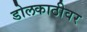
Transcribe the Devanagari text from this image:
डोलकाठीवर